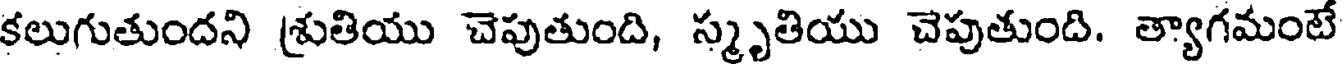
కలుగుతుందని శ్రుతియు చెపుతుంది, స్మృతియు చెపుతుంది. త్యాగమంటే